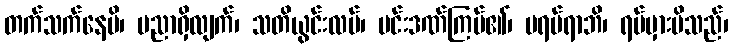
တက်သက်နေမိ၊ ပညာရှိလျက်၊ သတိယွင်းလပ်၊ မင်းဒဏ်ကြပ်၏၊ မရပ်ရာဘိ၊ ရပ်မှားမိသည်၊